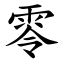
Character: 零